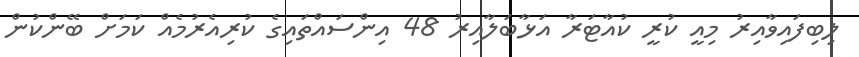
ލިބިފައިވާއިރު މިއީ ކުރީ ކުއާޓަރާ އަޅާބަލާއިރު 48 އިންސައްތައިގެ ކުރިއެރުމެއް ކަމަށް ބޭންކުން